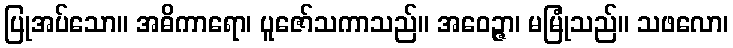
ပြုအပ်သော။ အဓိကာရော၊ ပူဇော်သကာသည်။ အဝေဉ္ဇာ၊ မမြုံသည်။ သဖလော၊